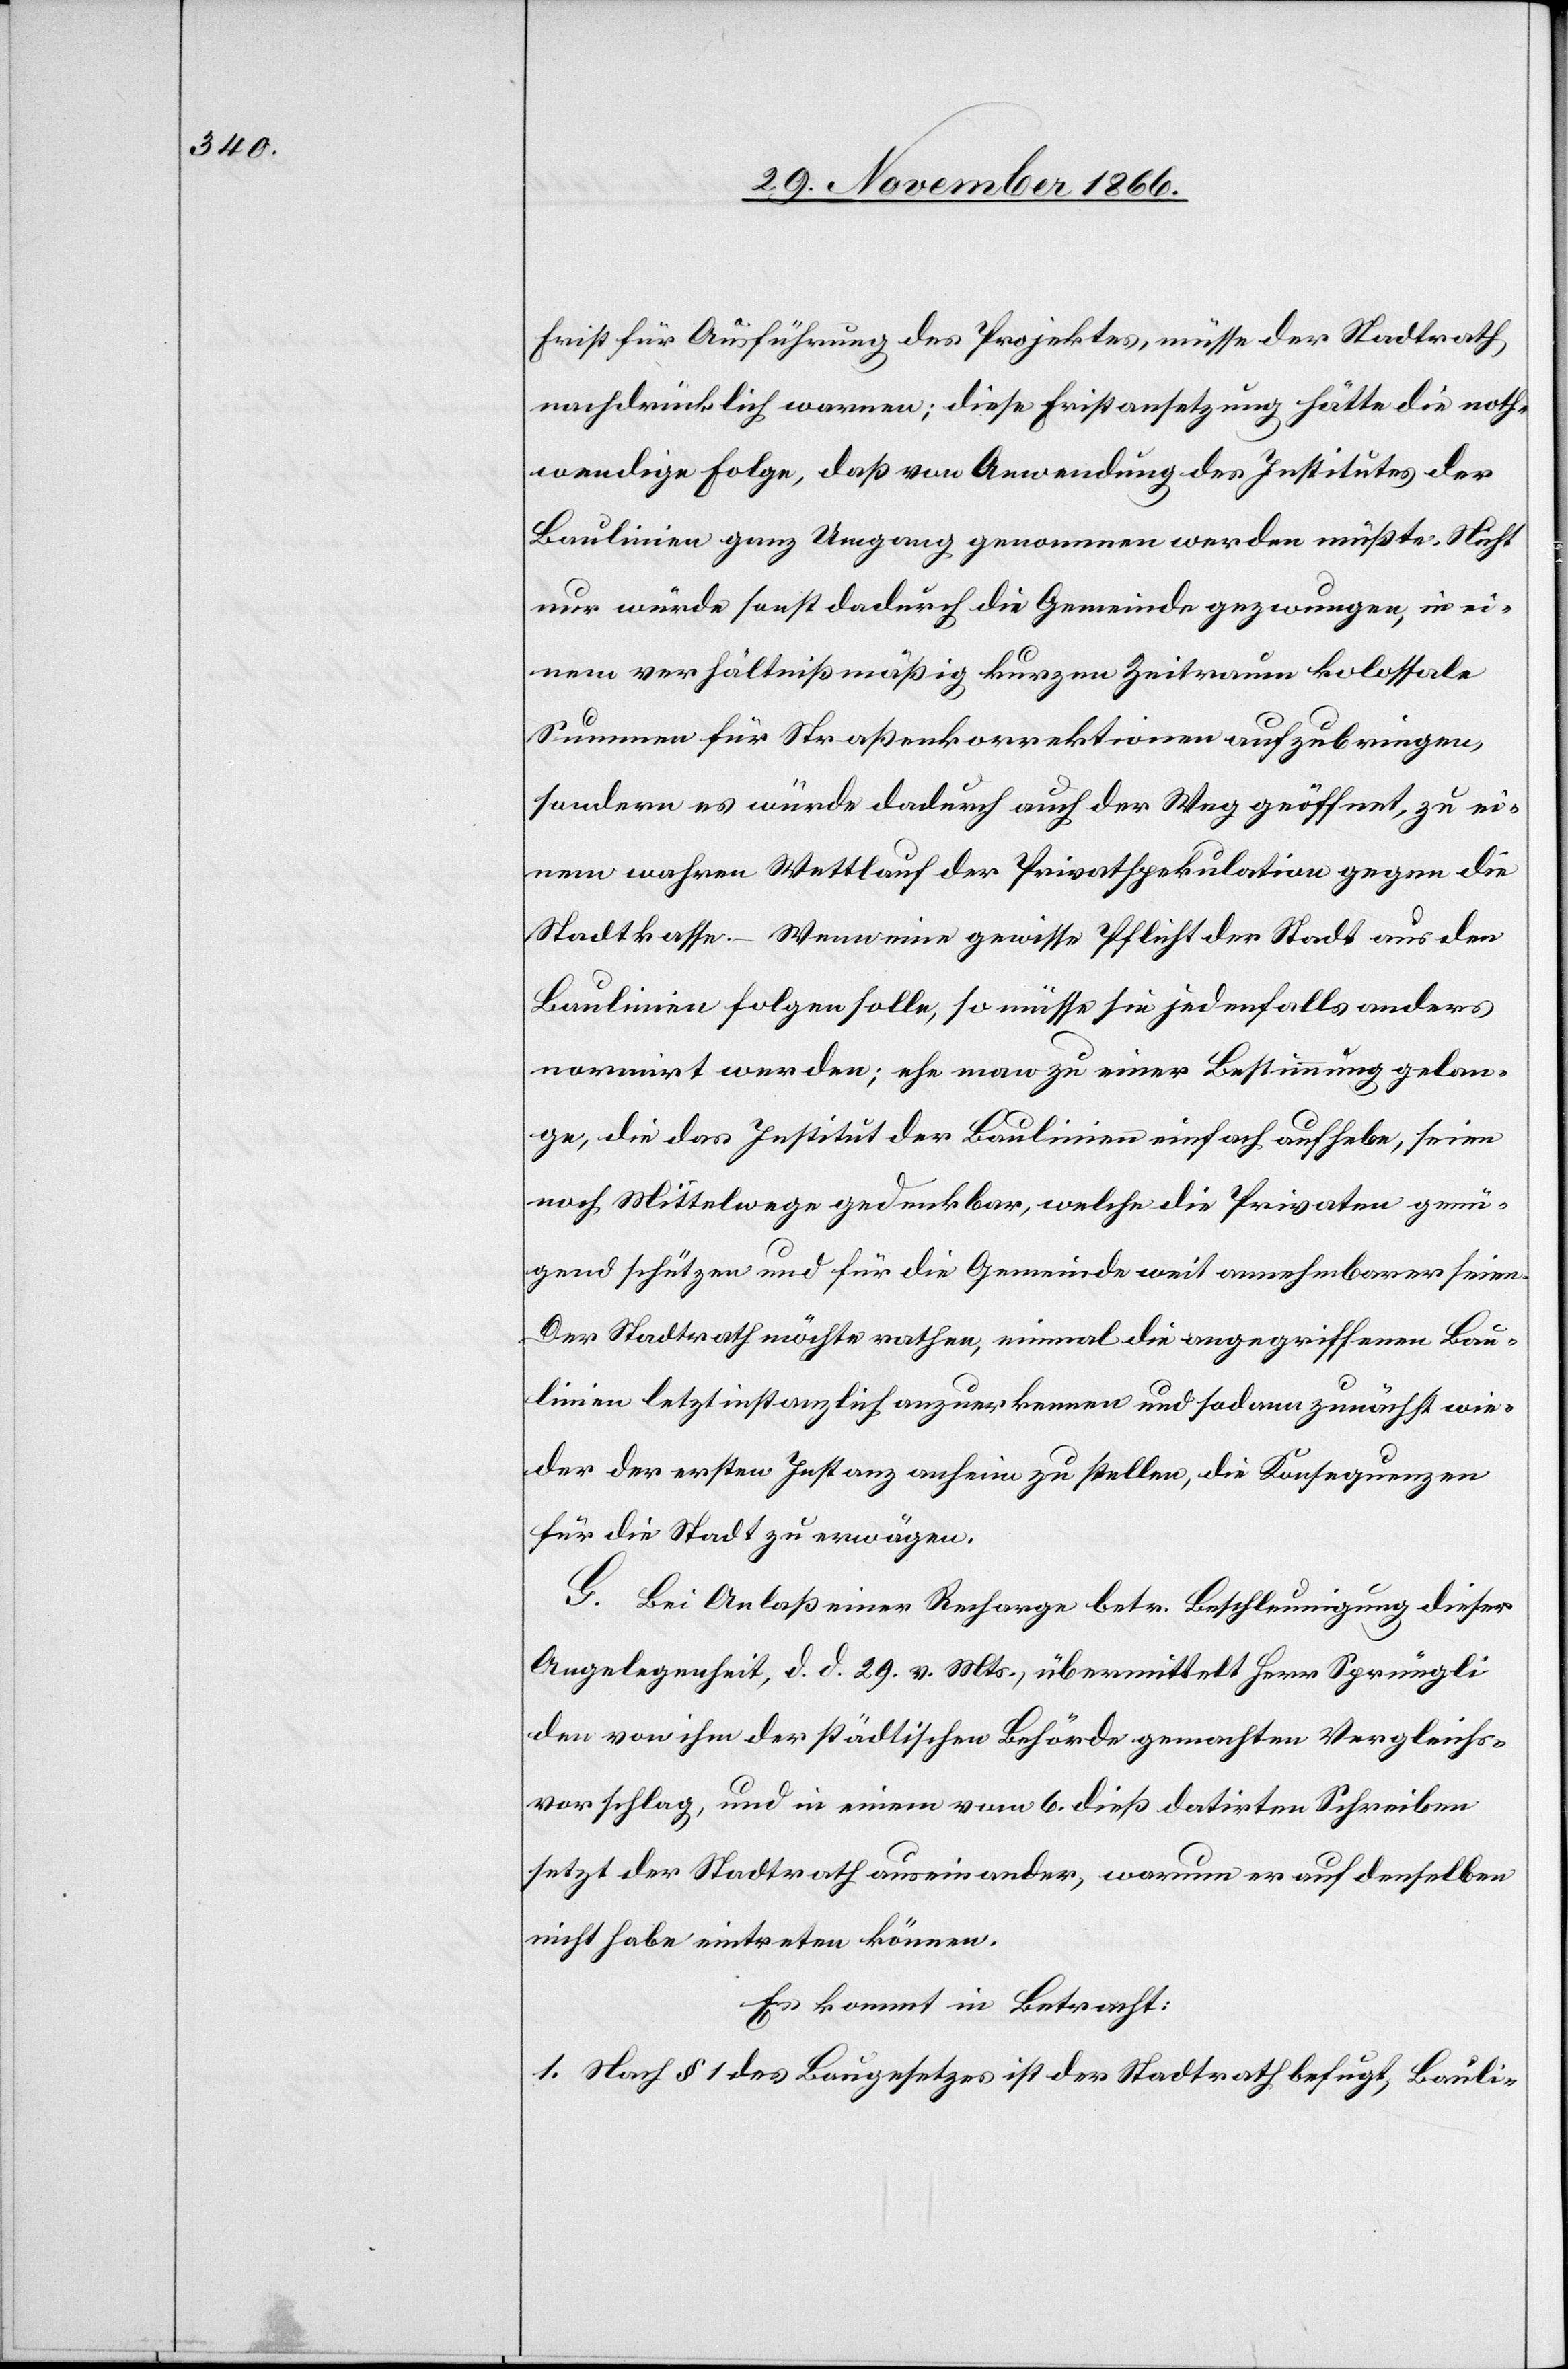
Frist für Ausführung des Projektes, müsse der Stadtrath
nachdrücklich warnen; diese Fristansetzung hätte die noth¬
wendige Folge, daß von Anwendung des Institutes der
Baulinien ganz Umgang genommen werden müßte. Nicht
nur würde sonst dadurch die Gemeinde gezwungen, in ei¬
nem verhältnißmäßig kurzen Zeitraum kolossale
Summen für Straßenkorrektionen aufzubringen,
sondern es würde dadurch auch der Weg geöffnet, zu ei¬
nem wahren Wettlauf der Privatspekulation gegen die
Stadtkasse. – Wenn eine gewisse Pflicht der Stadt aus den
Baulinien folgen solle, so müsse sie jedenfalls anders
normirt werden; ehe man zu einer Bestimmung gelan¬
ge, die das Institut der Baulinien einfach aufhebe, seien
noch Mittelwege gedenkbar, welche die Privaten genü¬
gend schützen und für die Gemeinde weit annehmbarer seien.
Der Stadtrath möchte rathen, einmal die angegriffenen Bau¬
linien letztinstanzlich anzuerkennen und sodann zunächst wie¬
der der ersten Instanz anheim zu stellen, die Konsequenzen
für die Stadt zu erwägen.
G. Bei Anlaß einer Recharge betr. Beschleunigung dieser
Angelegenheit, d. d. 29. v. Mts., übermittelt Herr Sprüngli
den von ihm der städtischen Behörde gemachten Vergleichs¬
vorschlag, und in einem vom 6. dieß datirten Schreiben
setzt der Stadtrath auseinander, warum er auf denselben
nicht habe eintreten können.
Es kommt in Betracht:
1. Nach § 1 des Baugesetzes ist der Stadtrath befugt, Bauli-